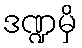
ဒဏ္ဍမှိ